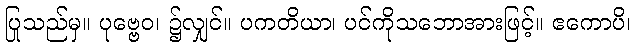
ပြုသည်မှ။ ပုဗ္ဗေဝ၊ ၌လျှင်။ ပကတိယာ၊ ပင်ကိုသဘောအားဖြင့်။ ဧကောပိ၊